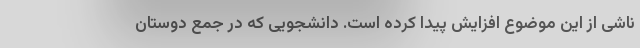
ناشی از این موضوع افزایش پیدا کرده است. دانشجویی که در جمع دوستان